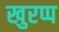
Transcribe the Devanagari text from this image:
खुरप्प